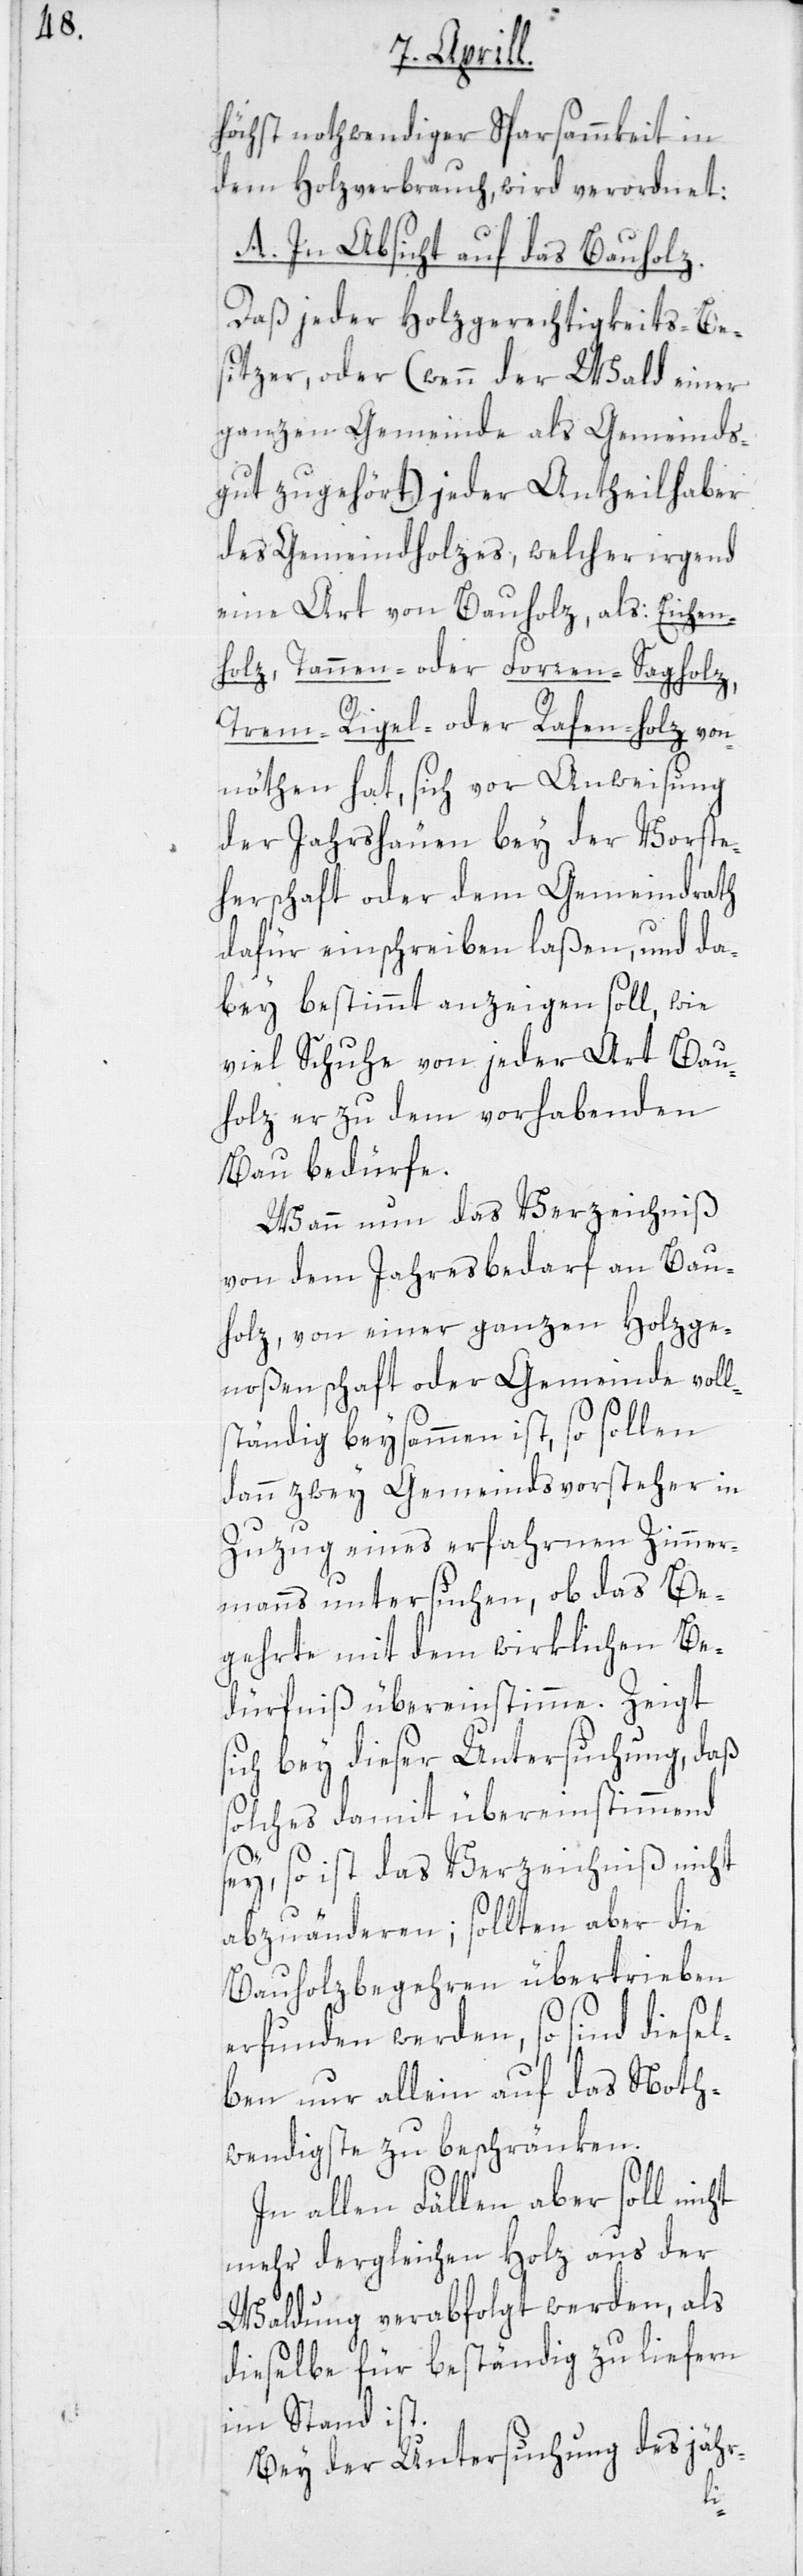
höchst nothwendiger Sparsamkeit in
dem Holzverbrauch, wird verordnet:
A. In Absicht auf das Bauholz.
Daß jeder Holzgerechtigkeits-Be¬
sitzer, oder (wenn der Wald einer
ganzen Gemeinde als Gemeinds¬
gut zugehört) jeder Antheilhaber
des Gemeindholzes, welcher irgend
eine Art von Bauholz, als: Eichen¬
holz; Tannen- oder Forren-Sagholz,
Trem-, Rigel- oder Rafen-Holz von¬
nöthen hat, sich vor Anweisung
der Jahrshäuen bey der Vorste¬
herschaft oder dem Gemeindrath
dafür einschreiben laßen, und da¬
bey bestimmt anzeigen soll, wie
viel Schuhe von jeder Art Bau¬
holz er zu dem vorhabenden
Bau bedürfe.
Wann nun das Verzeichniß
von dem Jahresbedarf an Bau¬
holz, von einer ganzen Holzge¬
noßenschaft oder Gemeinde voll¬
ständig beysammen ist, so sollen
dann zwey Gemeindsvorsteher in
Zuzug eines erfahrnen Zimmer¬
manns untersuchen, ob das Be¬
gehrte mit dem wirklichen Be¬
dürfniß übereinstimme. Zeigt
ich bey dieser Untersuchung, daß
solches damit übereinstimmend
s¬
sey, so ist das Verzeichniß nicht
abzuänderen; sollten aber die
Bauholzbegehren übertrieben
erfunden werden, so sind diesel¬
ben nur allein auf das Noth¬
wendigste zu beschränken.
In allen Fällen aber soll nicht
mehr dergleichen Holz aus der
Waldung verabfolgt werden, als
dieselbe für beständig zu liefern
im Stand ist.
Bey der Untersuchung des jähr-